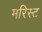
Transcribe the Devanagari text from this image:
मरिस्ट